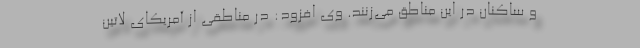
و ساکنان در این مناطق می‌زنند. وی افزود: در مناطقی از آمریکای لاتین